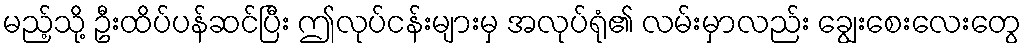
မည့်သို့ ဦးထိပ်ပန်ဆင်ပြီး ဤလုပ်ငန်းများမှ အလုပ်ရုံ၏ လမ်းမှာလည်း ချွေးစေးလေးတွေ